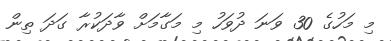
މި މަހުގެ 30 ވަނަ ދުވަހު މި މަގާމަށް ވާދަކުރާ ގަދަ ތިން